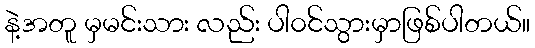
နဲ့အတူ မှမင်းသား လည်း ပါ၀င်သွားမှာဖြစ်ပါတယ်။